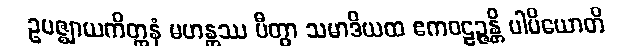
ဥပဇ္ဈာယကိတ္တနံ မဟန္တဿ ပီတွာ သမာဒိယထ ဧကဝဠဉ္ဇန္တိ ပါပိယောတိ